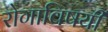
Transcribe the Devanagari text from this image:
रोगाविषयी